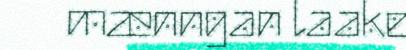
mænngan laake